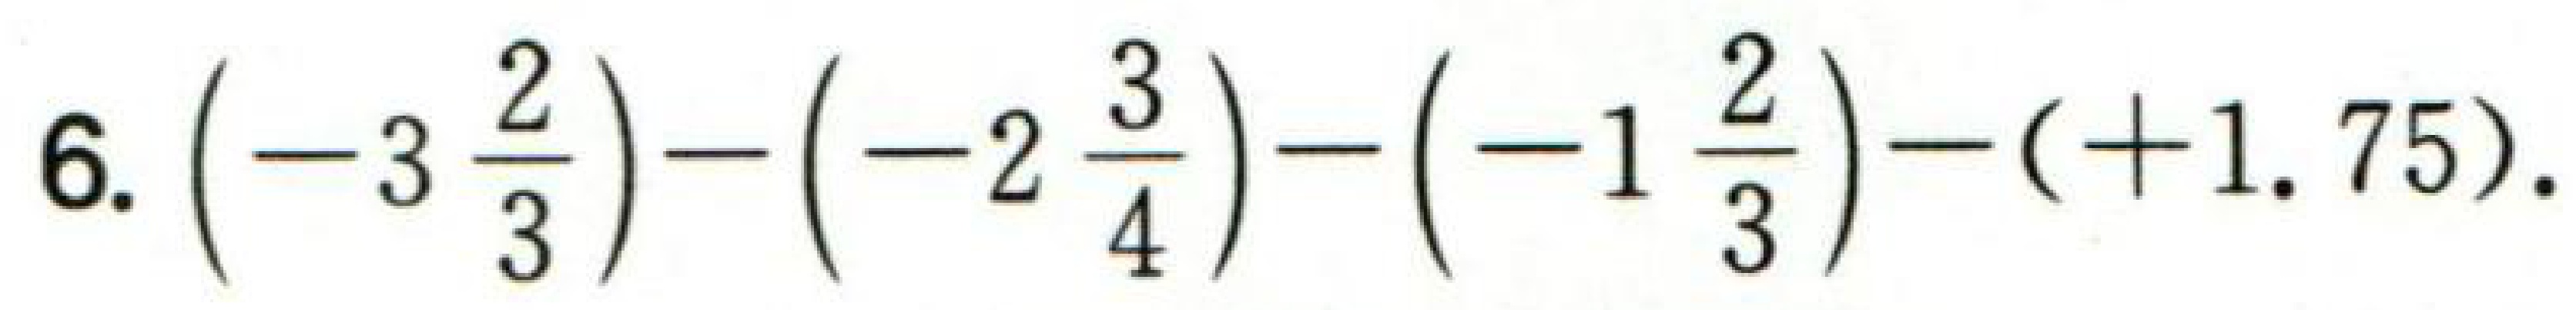
$6.\left(-3\frac{2}{3}\right)-\left(-2\frac{3}{4}\right)-\left(-1\frac{2}{3}\right)-(+1.75).$